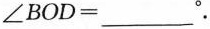
$$∠ B O D = ___ °$$.